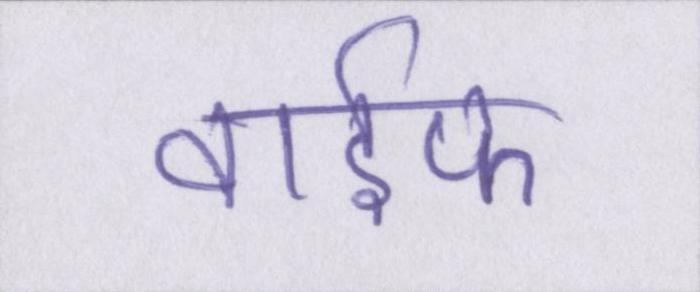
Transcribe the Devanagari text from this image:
वाईफ